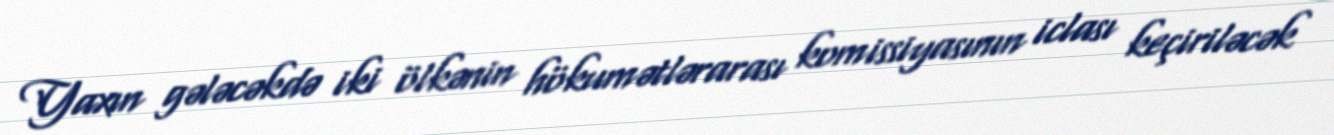
Yaxın gələcəkdə iki ölkənin hökumətlərarası komissiyasının iclası keçiriləcək